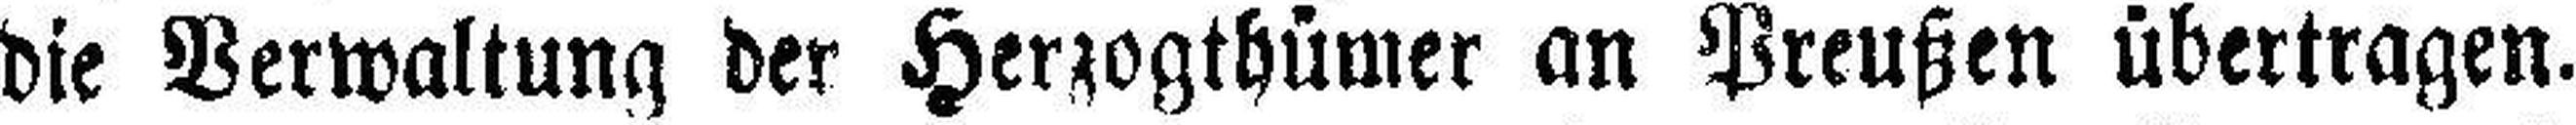
die Verwaltung der Herzogthümer an Preußen übertragen.